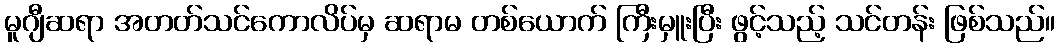
မူဂျီဆရာ အတတ်သင်ကောလိပ်မှ ဆရာမ တစ်ယောက် ကြီးမှူးပြီး ဖွင့်သည့် သင်တန်း ဖြစ်သည်။